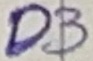
Text: D3